Report on the bubonic plague in Bombay, 1896-1897
Year: 1896
Disease focus: Plague
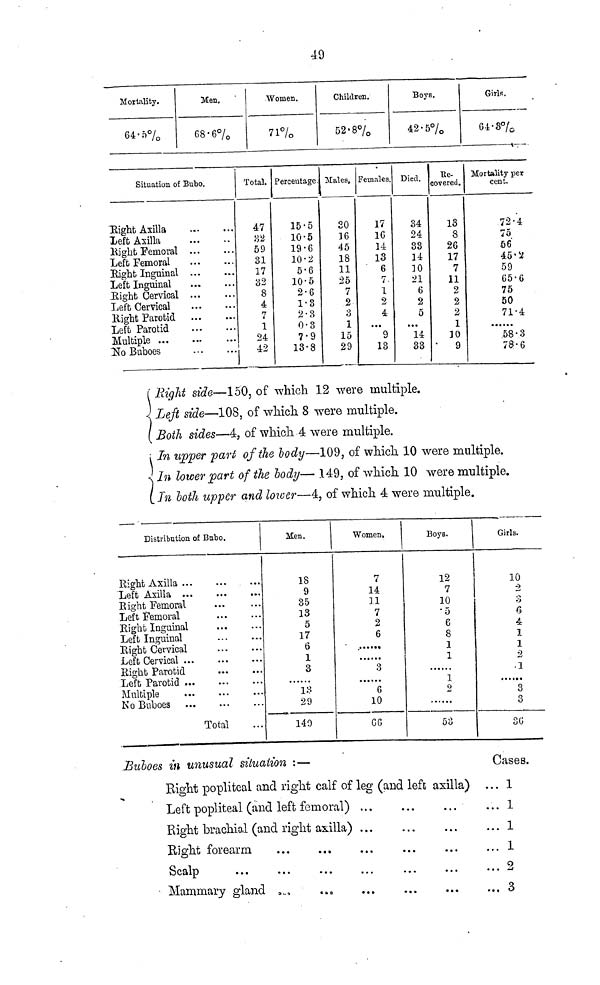
49
Mortality.
64.5%
Men.
68.6%
Women.
71%
Children.
52.8%
Boys.
42.-5%
Girls.
64.5%
Situation of Bubo.
Right Axilla
Left Axilla
Right Remoral
Left Femoral
Right Inguinal
Left Inguinal
Eight Cervical
Left Cervical
Eight Parotid
Left Parotid
Multiple ...
No Buboes
...
...
...
...
...
...
...
...
...
...
...
...
...
...
...
...
...
...
...
...
...
...
...
...
Total.
47
32
59
31
17
32
8
4
7
1
24
42
Percentage
15.5
10.5
19.6
10.2
5.6
10.5
2.6
1.8
2.3
0.3
7.9
13.8
Males.
30
16
45
18
11
25
7
2
3
1
15
29
Females.
17
16
14
13
6
7
1
2
4
...
9
13
Died.
34
24
33
14
10
21
6
2
5
...
14
33
Re-
covered.
13
8
26
17
7
11
2
2
2
1
30
9
Mortality per
cent.
72.4
75
56
45.2
59
65.6
75
50
71.4
58.3
78.6
R
Right side—150, of which 12 were multiple.
Left side—108, of which 8 were multiple.
Both sides—4, of which 4 were multiple.
In upper part of the body—109, of which 10 were multiple.
In lower part of the body— 149, of which 10 were multiple.
In both upper and lower—4, of which 4 were multiple.
Distribution of Bubo.
Right Axilla ...
Left Axilla ...
Eight Femoral
Left Femoral
Eight Inguinal
Left Inguinal
Eight Cervical
Left Cervical ...
Eight Parotid
Left Parotid ...
Multiple
Ko Buboes
...
...
...
...
...
...
...
...
...
...
...
...
Total
...
...
...
...
...
...
...
...
...
...
...
...
...
Men.
18
9
35
13
5
17
6
1
3
......
13
29
149
Women.
7
14
31
7
2
6
.....
3
.....
6
10
66
Boys.
12
7
10
5
6
8
1
1
......
1
2
......
53
Girls.
10
2
3
6
1
1
2
1
......
3
3
36
Buboes in unusual
situation
:—
Right popliteal and right calf of leg (and left axilla)...
Left popliteal (and left femoral)
Right brachial (and right axilla)
Right forearm ... ...
Scalp ... ... ...
Mammary gland ... ...
...
...
...
...
...
...
...
...
...
...
...
...
...
...
...
Cases
... 1
... 1
... 1
... 1
... 2
... 3